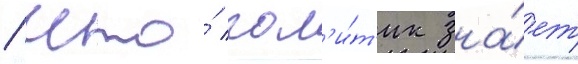
/ что́ пол'и́т'ик зна́ет